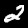
Digit: 2